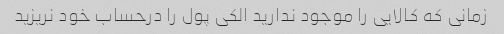
زمانی که کالایی را موجود ندارید الکی پول را درحساب خود نریزید